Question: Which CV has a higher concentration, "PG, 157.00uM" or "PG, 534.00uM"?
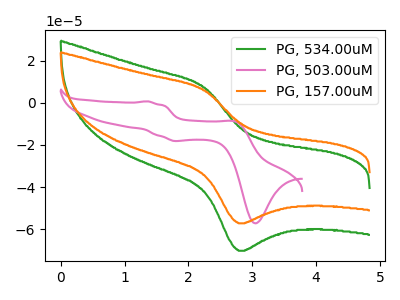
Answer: <think>The green curve "PG, 534.00uM" has an anodic peak at (2.25V, 7.20uA) and a cathodic peak at (2.80V, -70.20uA). The pink curve "PG, 503.00uM" has anodic peaks at (1.35V, 0.70uA) (2.75V, -9.10uA) and cathodic peaks at (1.80V, -18.15uA) (3.05V, -57.20uA). The orange curve "PG, 157.00uM" has an anodic peak at (2.25V, 5.85uA) and a cathodic peak at (2.80V, -57.20uA).
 All the peaks in "PG, 157.00uM" have a peak in "PG, 534.00uM" at the same potential. Every peak in "PG, 157.00uM" is lower than every peak in "PG, 534.00uM".</think>
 <answer>"PG, 157.00uM" has less signal than "PG, 534.00uM" and so likely has a lower concentration.</answer>
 <eval>less_concentration</eval>